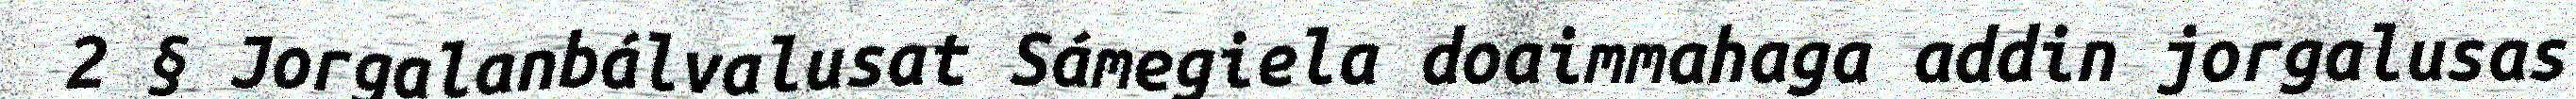
2 § Jorgalanbálvalusat Sámegiela doaimmahaga addin jorgalusas